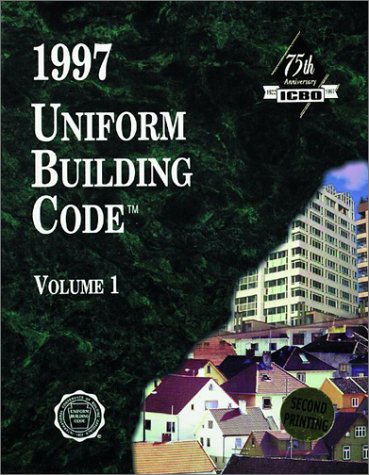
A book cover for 1997 Uniform Building Code, Vol. 1: Administrative, Fire- and Life-Safety, and Field Inspection Provision; International Code Council; Law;